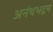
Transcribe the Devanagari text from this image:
अनंथभद्रम